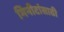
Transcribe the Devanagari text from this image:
मिनीटांसाठी